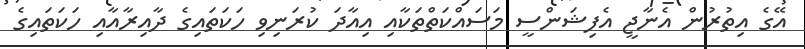
އޭގެ އިތުރުން އެނާޖީ އެފިޝަންސީ މަސައްކަތްތަކާއި އިއާދަ ކުރަނިވި ހަކަތައިގެ ދާއިރާއާއި ހަކަތައިގެ